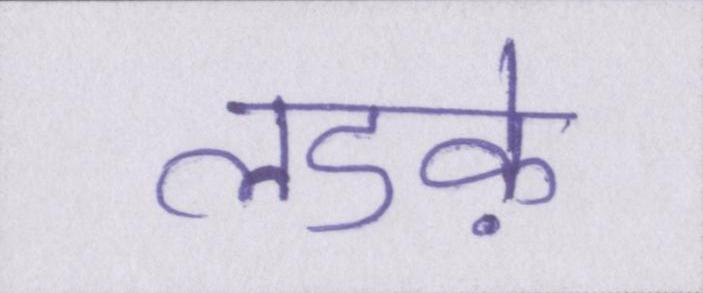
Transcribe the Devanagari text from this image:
लडक़े